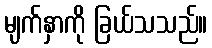
မျက်နှာကို ခြယ်သသည်။